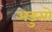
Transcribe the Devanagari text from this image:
अडुसो